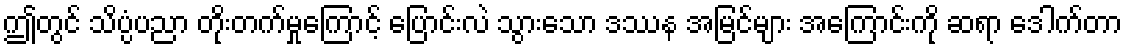
ဤတွင် သိပ္ပံပညာ တိုးတက်မှုကြောင့် ပြောင်းလဲ သွားသော ဒဿန အမြင်များ အကြောင်းကို ဆရာ ဒေါက်တာ